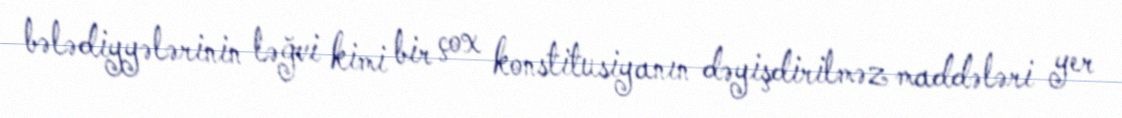
bələdiyyələrinin ləğvi kimi bir çox konstitusiyanın dəyişdirilməz maddələri yer